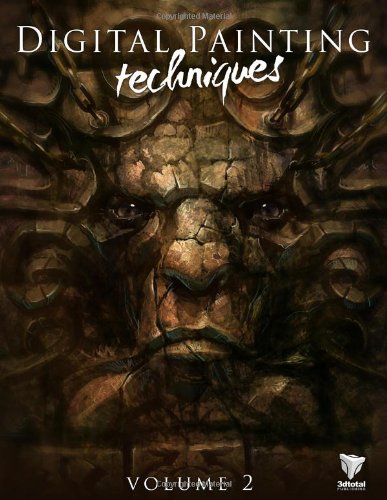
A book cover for Digital Painting Techniques, Vol. 2; Arts & Photography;